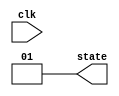
`timescale 1ns / 1ps
//////////////////////////////////////////////////////////////////////////////////
// Company: 
// Engineer: 
// 
// Design Name: 
// Module Name: state_manager
// Project Name: 
// Target Devices: 
// Tool Versions: 
// Description: 
// 
// Dependencies: 
// 
// Revision:
// Revision 0.01 - File Created
// Additional Comments:
// 
//////////////////////////////////////////////////////////////////////////////////


module state_manager(
    input wire clk,
    output wire[1:0] state
    );
    assign state = 2'b01;
endmodule